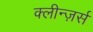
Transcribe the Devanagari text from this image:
क्लीन्ज़र्स